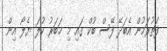
ފަތުރަމުން އެބަދޭ ފޭސް ބުކް ގައި މި ޚަބަރު ކުލަ ޔެލޯ އިން